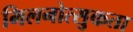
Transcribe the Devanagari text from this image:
मिलनोत्सुकता